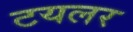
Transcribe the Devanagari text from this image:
टयलर